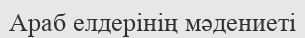
Араб елдерінің мәдениеті